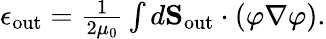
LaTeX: \begin{array}{r}{\epsilon_{\mathrm{out}}=\frac{1}{2\mu_{0}}\int d{\mathbf S}_{\mathrm{out}}\cdot(\varphi\nabla\varphi).}\end{array}